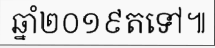
ឆ្នាំ២០១៩តទៅ៕